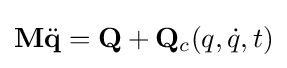
\mathbf {M} {\ddot {\mathbf {q} }}=\mathbf {Q} +\mathbf {Q} _{c}(q,{\dot {q}},t)